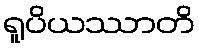
ရူပိယဿာတိ